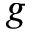
g